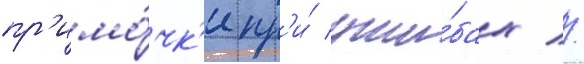
пр'имо́чк'и пр'и́ уши́бах //